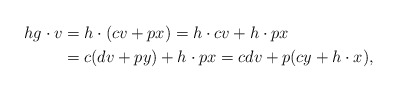
\begin{align*}h g \cdot v & = h \cdot (c v + p x) = h \cdot c v + h \cdot p x \\& = c (d v + p y) + h \cdot p x = c d v + p (c y + h \cdot x),\end{align*}